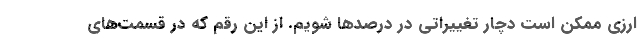
ارزی ممکن است دچار تغییراتی در درصدها شویم. از این رقم که در قسمت‌های